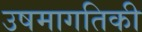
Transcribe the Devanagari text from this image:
उषमागतिकी